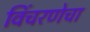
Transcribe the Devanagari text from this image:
विंचरणेचा